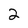
Character: 2